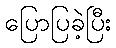
ပြောပြခဲ့ပြီး